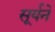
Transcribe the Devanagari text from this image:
सूर्यने